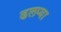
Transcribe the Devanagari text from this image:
ढलप्या